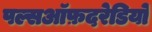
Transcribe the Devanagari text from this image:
पल्सऑफ़दरेडियो